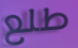
طلع